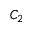
C _ { 2 }